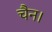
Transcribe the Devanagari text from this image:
चैन।